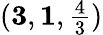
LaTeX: ({\mathbf{3}},\mathbf{1},\textstyle{\frac{4}{3}})